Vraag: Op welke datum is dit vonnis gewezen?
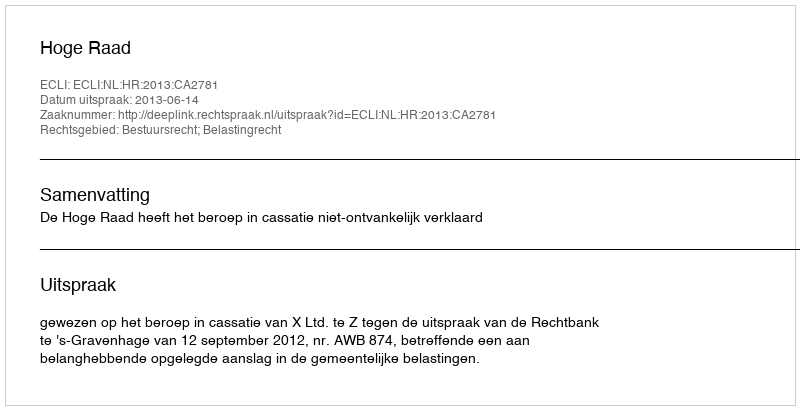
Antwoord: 2013-06-14